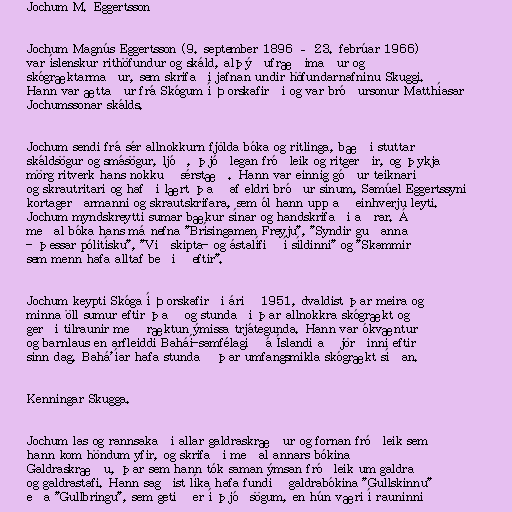
Jochum M. Eggertsson

Jochum Magnús Eggertsson (9. september 1896 – 23. febrúar 1966)
var íslenskur rithöfundur og skáld, alþýðufræðimaður og
skógræktarmaður, sem skrifaði jafnan undir höfundarnafninu Skuggi.
Hann var ættaður frá Skógum í Þorskafirði og var bróðursonur Matthíasar
Jochumssonar skálds.

Jochum sendi frá sér allnokkurn fjölda bóka og ritlinga, bæði stuttar
skáldsögur og smásögur, ljóð, þjóðlegan fróðleik og ritgerðir, og þykja
mörg ritverk hans nokkuð sérstæð. Hann var einnig góður teiknari
og skrautritari og hafði lært það af eldri bróður sínum, Samúel Eggertssyni
kortagerðarmanni og skrautskrifara, sem ól hann upp að einhverju leyti.
Jochum myndskreytti sumar bækur sínar og handskrifaði aðrar. Á
meðal bóka hans má nefna "Brísingamen Freyju", "Syndir guðanna
- þessar pólitísku", "Viðskipta- og ástalífið í síldinni" og "Skammir
sem menn hafa alltaf beðið eftir".

Jochum keypti Skóga í Þorskafirði árið 1951, dvaldist þar meira og
minna öll sumur eftir það og stundaði þar allnokkra skógrækt og
gerði tilraunir með ræktun ýmissa trjátegunda. Hann var ókvæntur
og barnlaus en arfleiddi Baháí-samfélagið á Íslandi að jörðinni eftir
sinn dag. Bahá'íar hafa stundað þar umfangsmikla skógrækt síðan.

Kenningar Skugga.

Jochum las og rannsakaði allar galdraskræður og fornan fróðleik sem
hann kom höndum yfir, og skrifaði meðal annars bókina
Galdraskræðu, þar sem hann tók saman ýmsan fróðleik um galdra
og galdrastafi. Hann sagðist líka hafa fundið galdrabókina "Gullskinnu"
eða "Gullbringu", sem getið er í þjóðsögum, en hún væri í rauninni